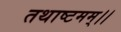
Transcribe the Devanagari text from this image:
तथाष्टमम्।।